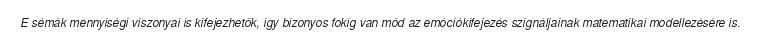
E sémák mennyiségi viszonyai is kifejezhetők, így bizonyos fokig van mód az emóciókifejezés szignáljainak matematikai modellezésére is.